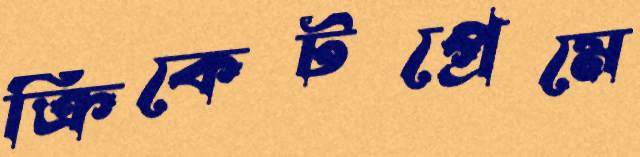
ক্রিকেটপ্রেমে